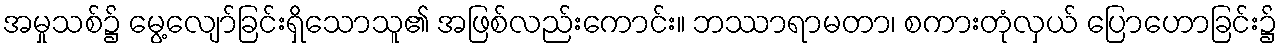
အမှုသစ်၌ မွေ့လျော်ခြင်းရှိသောသူ၏ အဖြစ်လည်းကောင်း။ ဘဿာရာမတာ၊ စကားတုံလှယ် ပြောဟောခြင်း၌